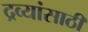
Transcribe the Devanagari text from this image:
द्रव्यांसाठी